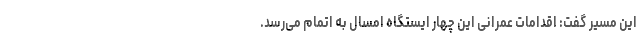
این مسیر گفت: اقدامات عمرانی این چهار ایستگاه امسال به اتمام می‌رسد.